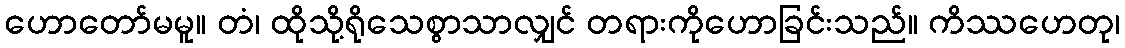
ဟောတော်မမူ။ တံ၊ ထိုသို့ရိုသေစွာသာလျှင် တရားကိုဟောခြင်းသည်။ ကိဿဟေတု၊